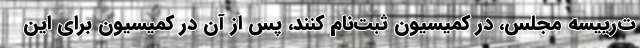
ت‌رییسه مجلس، در كمیسیون ثبت‌نام كنند، پس از آن در كمیسیون برای این